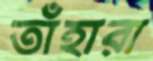
তাঁহারা